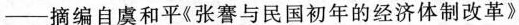
——摘编自虞和平《张謇与民国初年的经济体制改革》